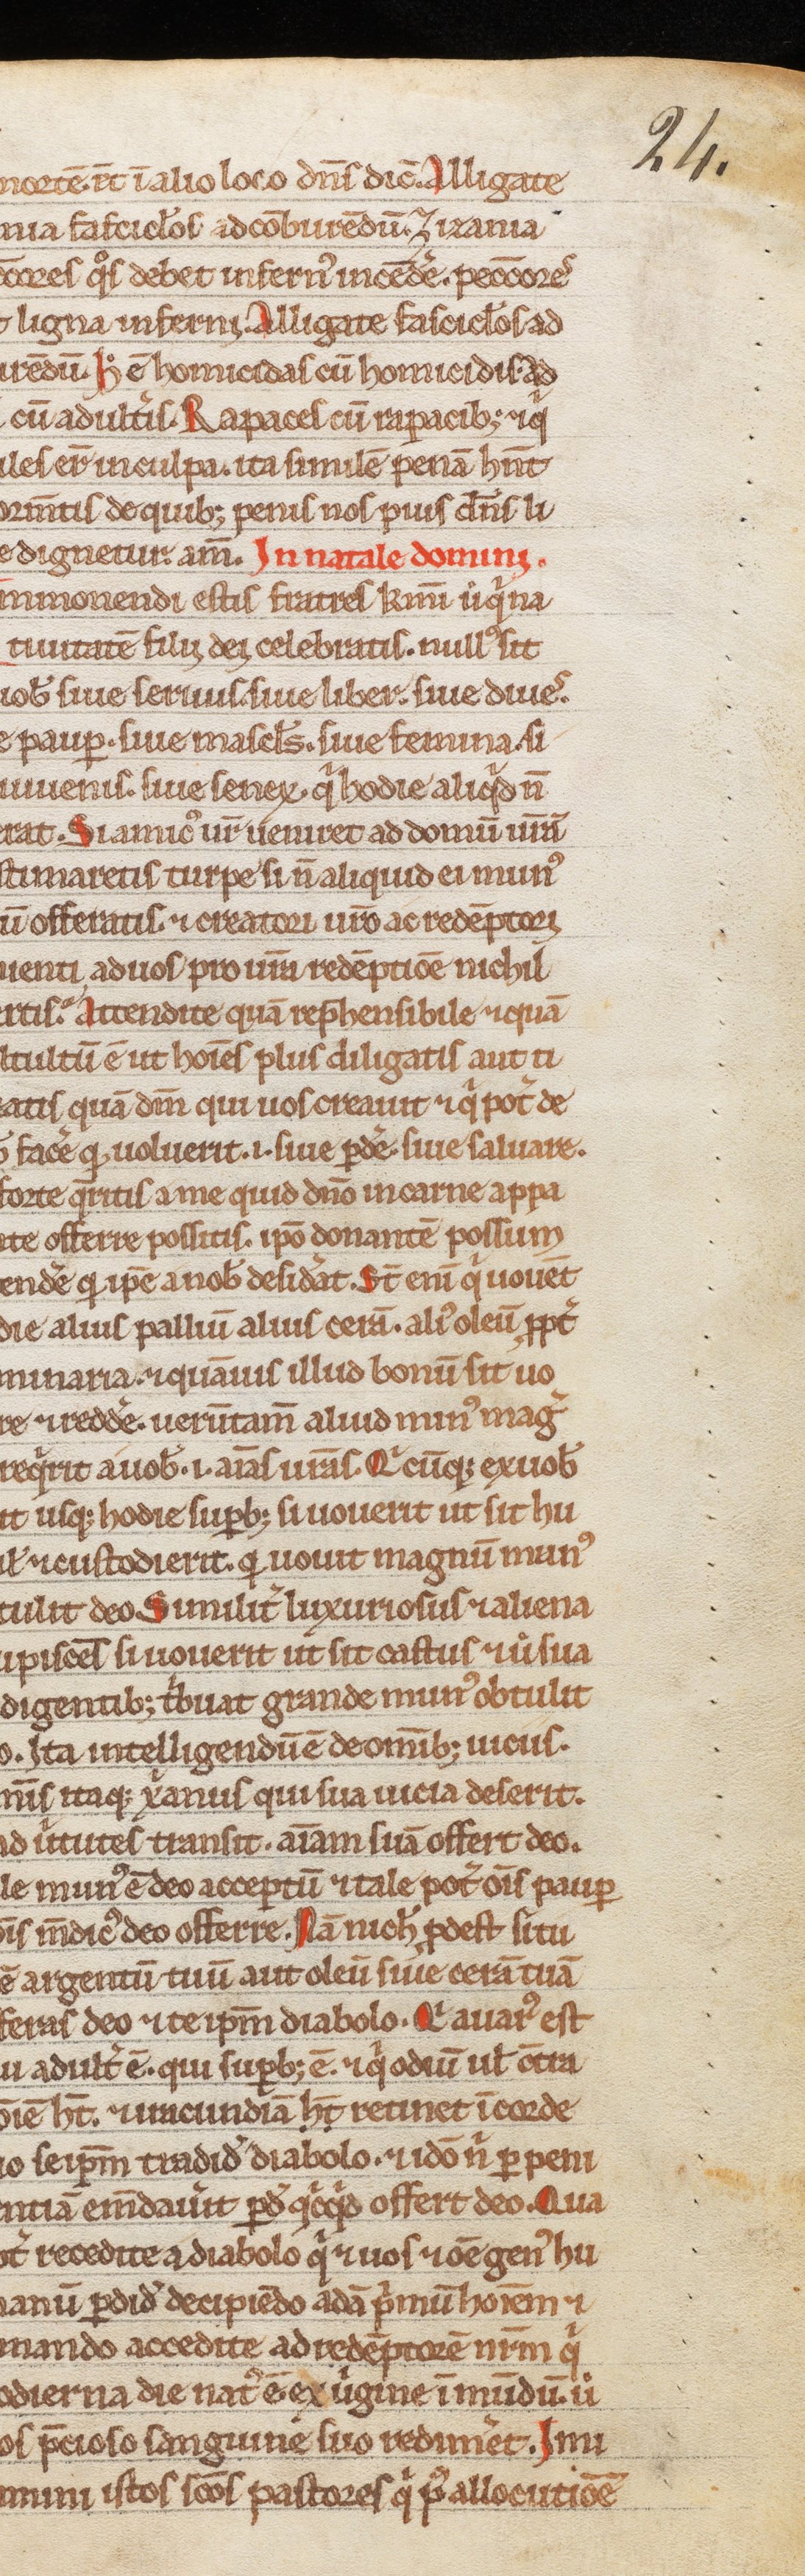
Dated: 1200–1249